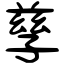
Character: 孳